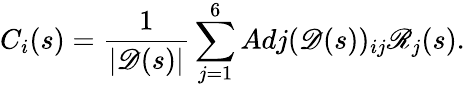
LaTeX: C_{i}(s)=\frac{1}{|\mathscr{D}(s)|}\sum_{j=1}^{6}Adj(\mathscr{D}(s))_{ij}\mathscr{R}_{j}(s).